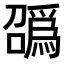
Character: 𫬑